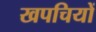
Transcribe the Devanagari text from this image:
खपचियों